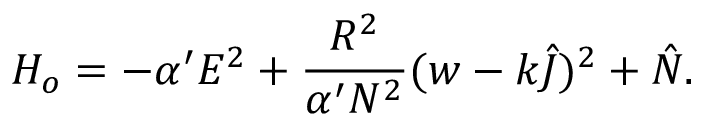
H _ { o } = - \alpha ^ { \prime } E ^ { 2 } + \frac { R ^ { 2 } } { \alpha ^ { \prime } N ^ { 2 } } ( w - k \hat { J } ) ^ { 2 } + \hat { N } .